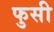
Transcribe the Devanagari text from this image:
फुसी